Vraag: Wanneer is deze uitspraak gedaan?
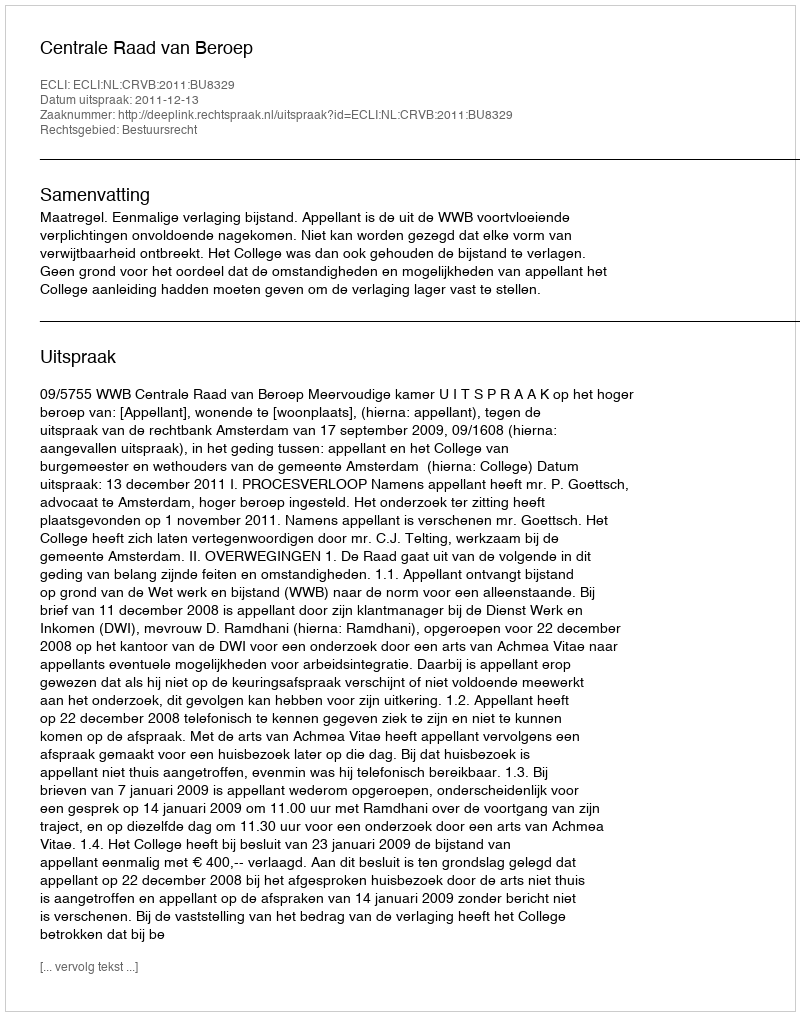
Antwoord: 2011-12-13